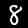
Label: 8